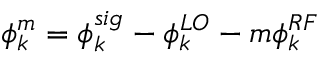
\phi _ { k } ^ { m } = \phi _ { k } ^ { s i g } - \phi _ { k } ^ { L O } - m \phi _ { k } ^ { R F }